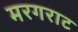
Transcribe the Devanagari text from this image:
मरगराट